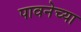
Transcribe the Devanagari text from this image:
पावनेच्या